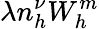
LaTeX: \lambda n_{h}^{\nu}W_{h}^{m}